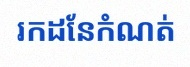
រកដែនកំណត់